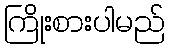
ကြိုးစားပါမည်